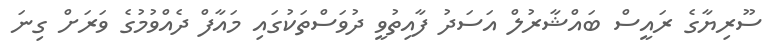
ސޫރިޔާގެ ރައީސް ބައްޝާރުލް އަސަދު ފާއިތުވީ ދުވަސްތަކުގައި މައާފް ދެއްވުމުގެ ވަރަށް ގިނަ